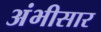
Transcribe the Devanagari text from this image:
अंभीसार